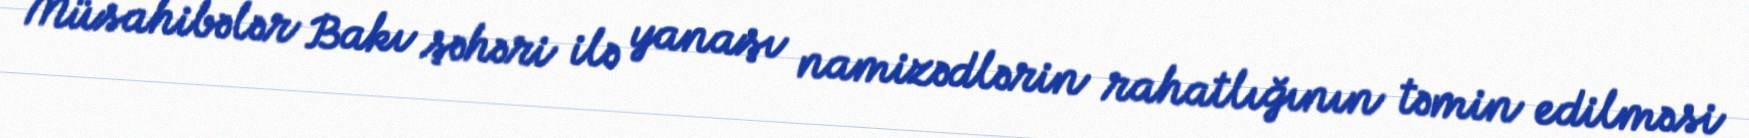
Müsahibələr Bakı şəhəri ilə yanaşı namizədlərin rahatlığının təmin edilməsi